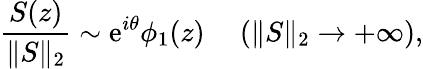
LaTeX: \frac{S(z)}{\| S\| _{2}}\sim\mathrm{e}^{i\theta}\phi_{1}(z)\ \ \ \ \ (\| S\| _{2}\to+\infty),